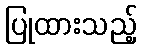
ပြုထားသည့်